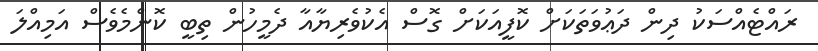
ރައްޓެއްސަކު ދިން ދަޢުވަތަކަށް ކޮފީއަކަށް ގޮސް އެކުވެރިޔާއާ ދެމީހުން ތިބީ ކޮންމެވެސް އަމިއްލަ